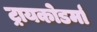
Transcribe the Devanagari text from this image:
ट्रायकोडर्मा